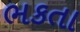
ભકતા